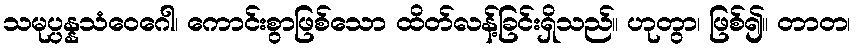
သမုပ္ပန္နသံဝေဂေါ၊ ကောင်းစွာဖြစ်သော ထိတ်လန့်ခြင်းရှိသည်။ ဟုတွာ၊ ဖြစ်၍။ တာတ၊